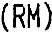
(RM)